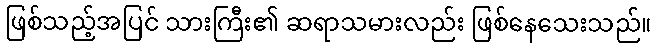
ဖြစ်သည့်အပြင် သားကြီး၏ ဆရာသမားလည်း ဖြစ်နေသေးသည်။